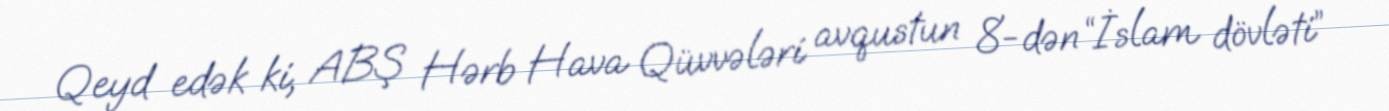
Qeyd edək ki, ABŞ Hərb Hava Qüvvələri avqustun 8-dən “İslam dövləti”